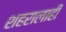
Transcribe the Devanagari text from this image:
शहरालाही